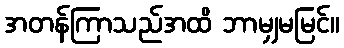
အတန်ကြာသည်အထိ ဘာမျှမမြင်။